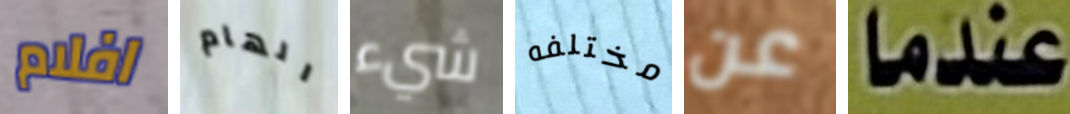
افلام الهام شيء مختلفه عن عندما